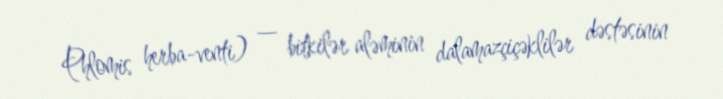
Phlomis herba-venti) — bitkilər aləminin dalamazçiçəklilər dəstəsinin